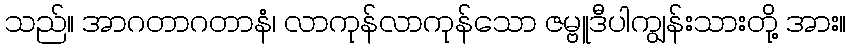
သည်။ အာဂတာဂတာနံ၊ လာကုန်လာကုန်သော ဇမ္ဗူဒီပါကျွန်းသားတို့ အား။